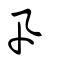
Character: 卂